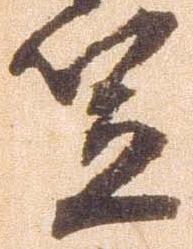
笠